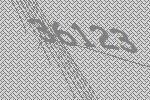
36123